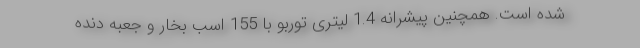
شده است. همچنین پیشرانه 1.4 لیتری توربو با 155 اسب بخار و جعبه دنده